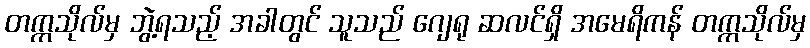
တက္ကသိုလ်မှ ဘွဲ့ရသည့် အခါတွင် သူသည် ဂျေရု ဆလင်ရှိ အမေရိကန် တက္ကသိုလ်မှ